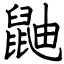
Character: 鼬